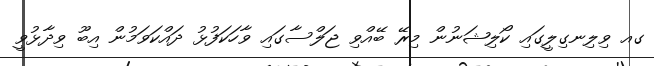
ގއ ވިލިނގިލީގައި ކޯލިޝަނުން މިރޭ ބޭއްވި ޖަލްސާގައި ވާހަކަފުޅު ދައްކަވަމުން އިބޫ ވިދާޅުވީ